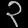
Digit: ၃